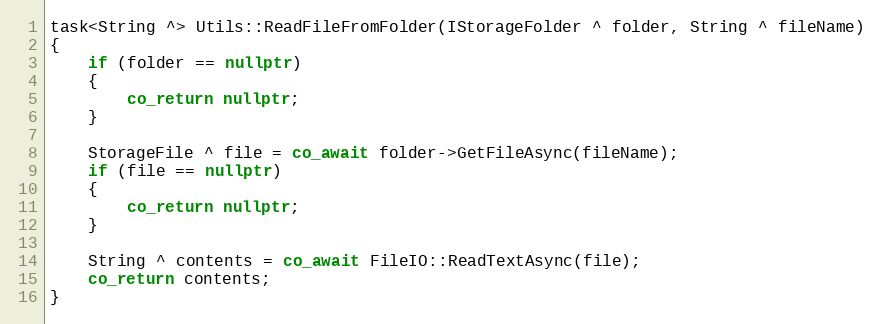
Language: C++
task<String ^> Utils::ReadFileFromFolder(IStorageFolder ^ folder, String ^ fileName)
{
    if (folder == nullptr)
    {
        co_return nullptr;
    }

    StorageFile ^ file = co_await folder->GetFileAsync(fileName);
    if (file == nullptr)
    {
        co_return nullptr;
    }

    String ^ contents = co_await FileIO::ReadTextAsync(file);
    co_return contents;
}